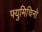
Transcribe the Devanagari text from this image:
फ्युमिचिनो